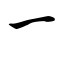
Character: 一